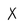
Character: X